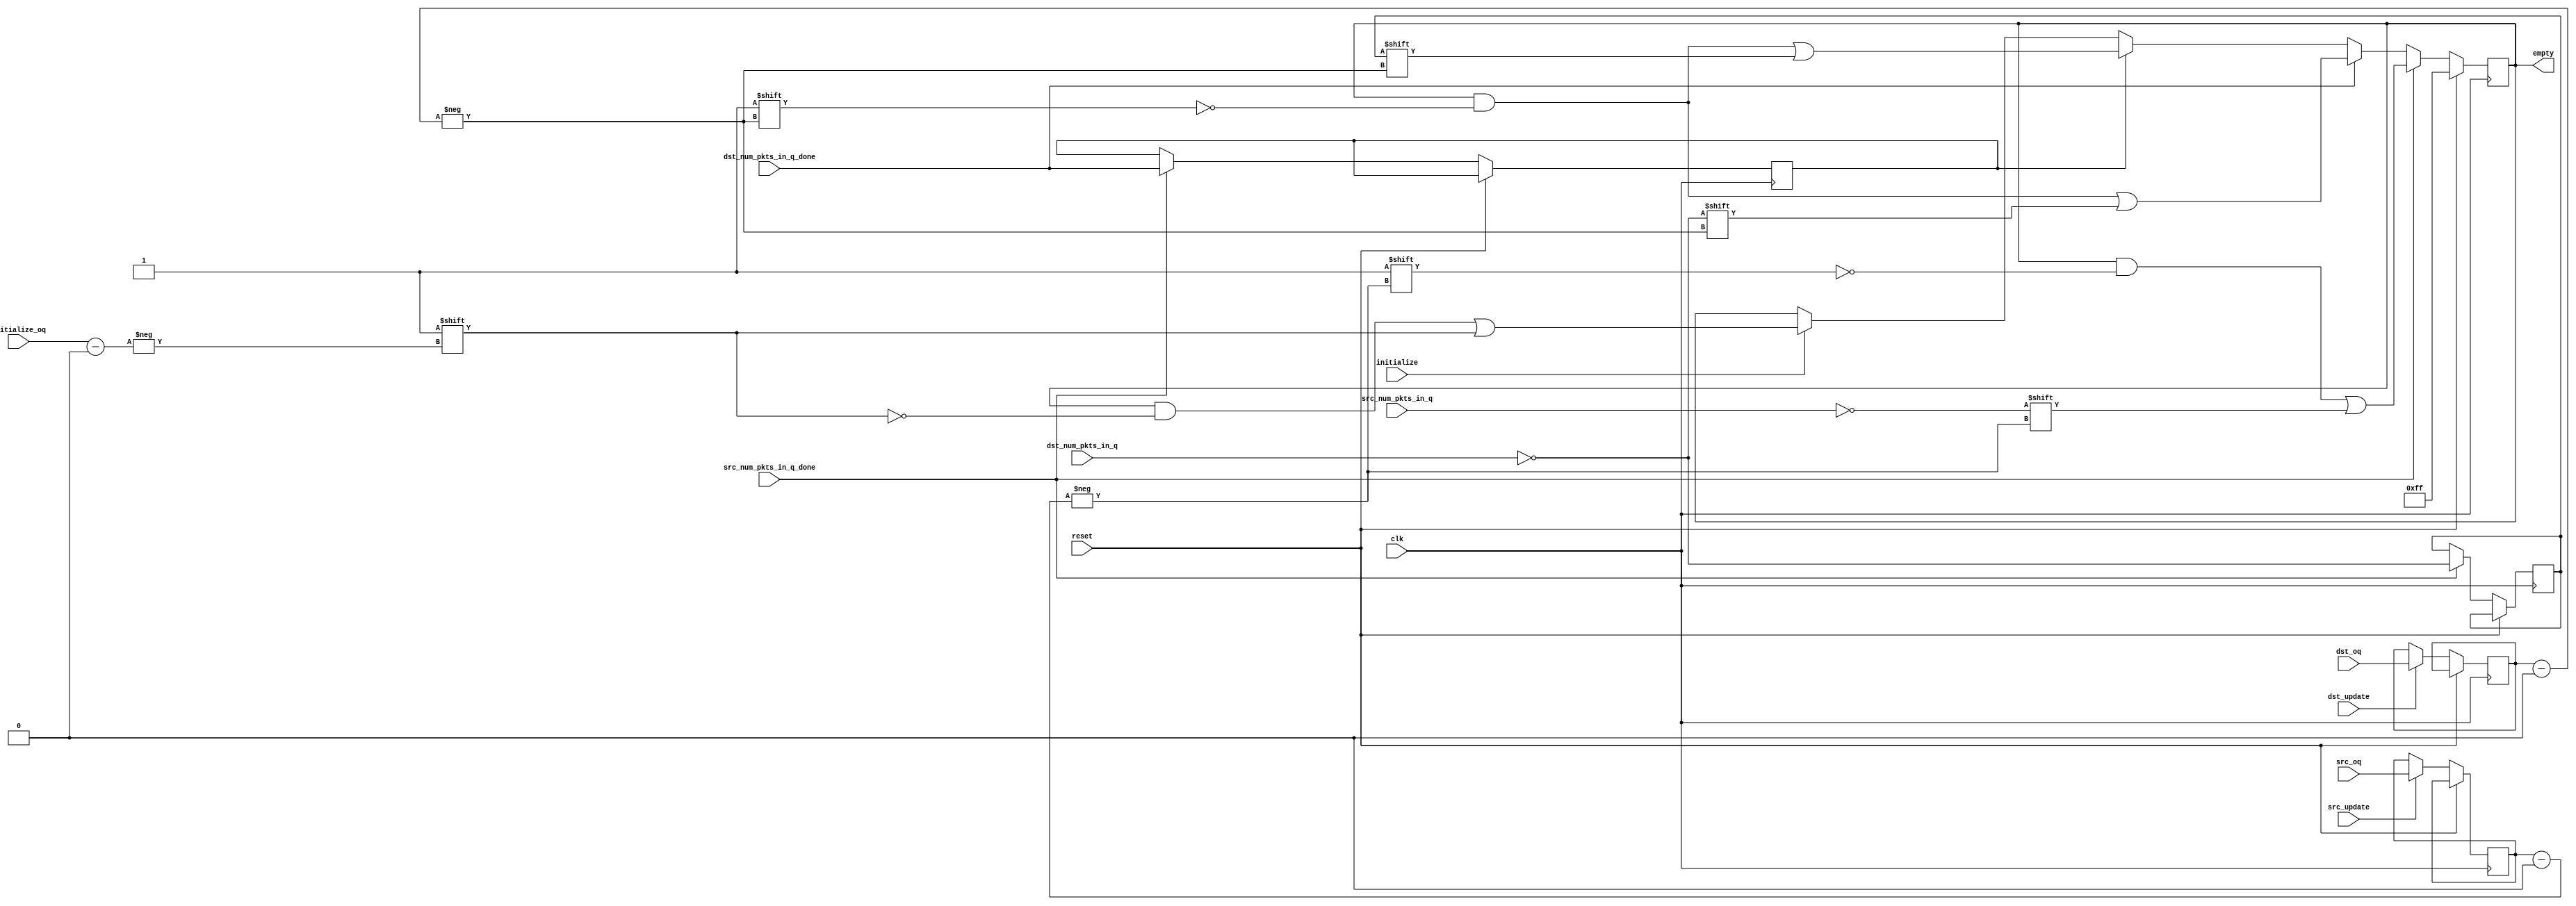
// ============================================================================
// Copyright (c) 2010  
// ============================================================================
//
// Permission:
//
//   
//
// Disclaimer:
//
//   This VHDL/Verilog or C/C++ source code is intended as a design reference
//   which illustrates how these types of functions can be implemented.
//   It is the user's responsibility to verify their design for
//   consistency and functionality through the use of formal
//   verification methods.  
// ============================================================================
//           
//                     ReConfigurable Computing Group
//
//                     web: http://www.ecs.umass.edu/ece/tessier/rcg/
//                    
//
// ============================================================================
// Major Functions/Design Description:
//
//   
//
// ============================================================================
// Revision History:
// ============================================================================
//   Ver.: |Author:   |Mod. Date:    |Changes Made:
//   V1.0  |RCG       |05/10/2011    |
// ============================================================================
//include "NF_2.1_defines.v"
//include "reg_defines_reference_router.v"
module oq_regs_eval_empty
  #( 
      parameter SRAM_ADDR_WIDTH     = 13,
      parameter CTRL_WIDTH          = 8,
      parameter UDP_REG_SRC_WIDTH   = 2,
      parameter NUM_OUTPUT_QUEUES   = 8,
      parameter NUM_OQ_WIDTH        = log2(NUM_OUTPUT_QUEUES),
      parameter PKT_LEN_WIDTH       = 11,
      parameter PKT_WORDS_WIDTH     = PKT_LEN_WIDTH-log2(CTRL_WIDTH),
      parameter MAX_PKT             = 2048/CTRL_WIDTH,   // allow for 2K bytes,
      parameter MIN_PKT             = 60/CTRL_WIDTH + 1,
      parameter PKTS_IN_RAM_WIDTH   = log2((2**SRAM_ADDR_WIDTH)/MIN_PKT)
   )
   
   ( 
      // --- Inputs from dst update ---
      input                               dst_update,
      input [NUM_OQ_WIDTH-1:0]            dst_oq,
      input [PKTS_IN_RAM_WIDTH-1:0]       dst_num_pkts_in_q,
      input                               dst_num_pkts_in_q_done,

      // --- Inputs from src update ---
      input                               src_update,
      input [NUM_OQ_WIDTH-1:0]            src_oq,
      input [PKTS_IN_RAM_WIDTH-1:0]       src_num_pkts_in_q,
      input                               src_num_pkts_in_q_done,

      // --- Clear the flag --- 
      input                               initialize,
      input [NUM_OQ_WIDTH-1:0]            initialize_oq,

      output reg [NUM_OUTPUT_QUEUES-1:0]  empty,


      // --- Misc     
      input                               clk,
      input                               reset
   );
   
   function integer log2;
      input integer number;
      begin
         log2=0;
         while(2**log2<number) begin
            log2=log2+1;
         end
      end
   endfunction // log2


   // ------------- Internal parameters --------------


   // ------------- Wires/reg ------------------

   wire                    src_empty;
   wire                    dst_empty;
   reg                     dst_empty_held;

   reg [NUM_OQ_WIDTH-1:0]  dst_oq_held;
   reg [NUM_OQ_WIDTH-1:0]  src_oq_held;

   reg                     dst_num_pkts_in_q_done_held;

   // ------------- Logic ------------------
   assign src_empty = src_num_pkts_in_q == 'h0;
   assign dst_empty = dst_num_pkts_in_q == 'h0;

   always @(posedge clk)
   begin
      if (reset) begin
         empty <= {NUM_OUTPUT_QUEUES{1'b1}};
      end
      else begin
         if (dst_update) begin
            dst_oq_held <= dst_oq;
         end

         if (src_update) begin
            src_oq_held <= src_oq;
         end

         // Update the empty status giving preference to removes over stores
         // since we don't want to accidentally try removing from an empty
         // queue
         if (src_num_pkts_in_q_done) begin
            empty[src_oq_held] <= src_empty;

            dst_num_pkts_in_q_done_held <= dst_num_pkts_in_q_done;
            dst_empty_held <= dst_empty;
         end
         else if (dst_num_pkts_in_q_done) begin
            empty[dst_oq_held] <= dst_empty;
         end
         else if (dst_num_pkts_in_q_done_held) begin
            empty[dst_oq_held] <= dst_empty_held;
         end
         else if (initialize) begin
            empty[initialize_oq] <= 1'b1;
         end
      end
   end

endmodule // oq_regs_eval_empty